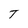
Character: T